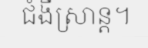
ជំងឺស្រាន្ត។